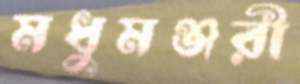
মধুমঞ্জরী